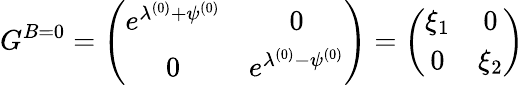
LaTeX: G^{B=0}=\left(\begin{array}{cc}{{e^{\lambda^{(0)}+\psi^{(0)}}}}&{{0}}\\ {{0}}&{{e^{\lambda^{(0)}-\psi^{(0)}}}}\end{array}\right)=\left(\begin{array}{cc}{{\xi_{1}}}&{{0}}\\ {{0}}&{{\xi_{2}}}\end{array}\right)